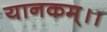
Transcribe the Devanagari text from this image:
यानकम्।।